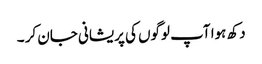
دکھ ہوا آپ لوگوں کی پریشانی جان کر ۔